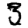
Digit: 3